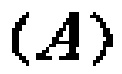
\((A)\)